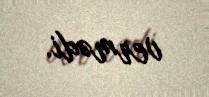
vermədi.